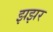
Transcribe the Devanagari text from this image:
झझर